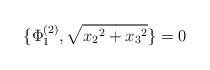
LaTeX: \begin{align*}\{ \Phi_1^{(2)} , \sqrt{{x_2}^2 + {x_3}^2} \} = 0\end{align*}